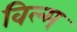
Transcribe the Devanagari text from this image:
विल्म